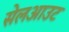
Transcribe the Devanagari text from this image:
सेलआउट